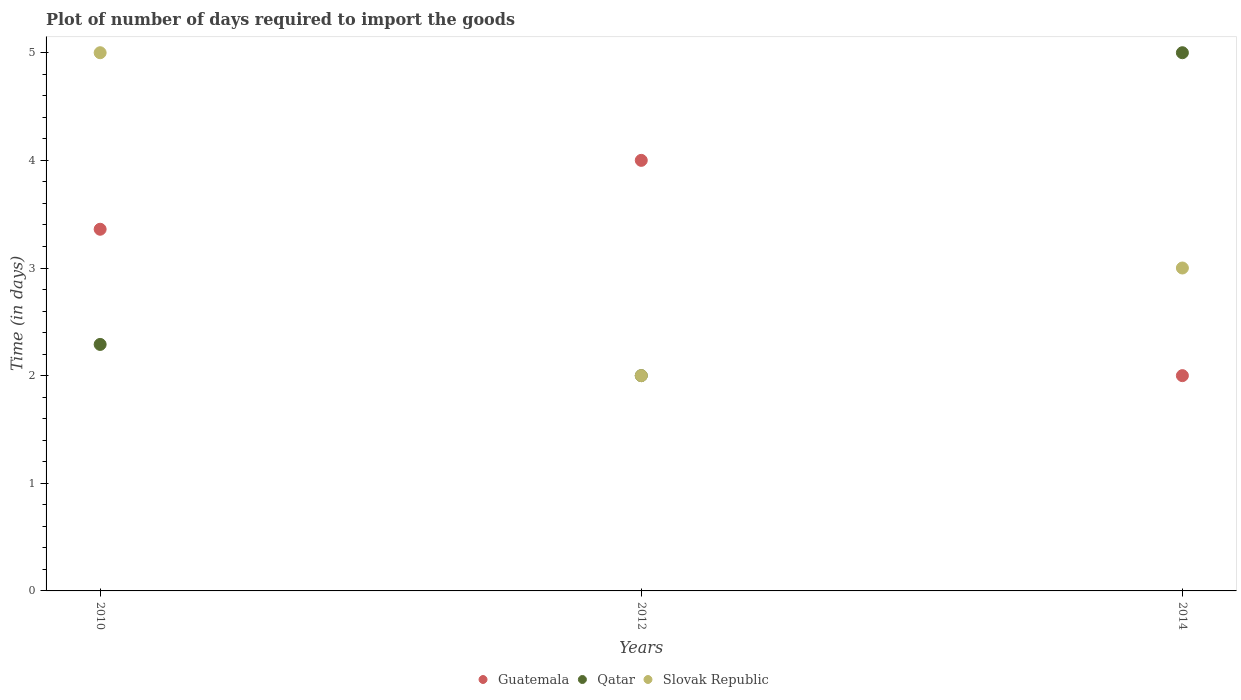
| Years | Guatemala | Qatar | Slovak Republic |
 | --- | --- | --- | --- |
 | 2010 | 3.36 | 2.29 | 5 |
 | 2012 | 4 | 2 | 2 |
 | 2014 | 2 | 5 | 3 |